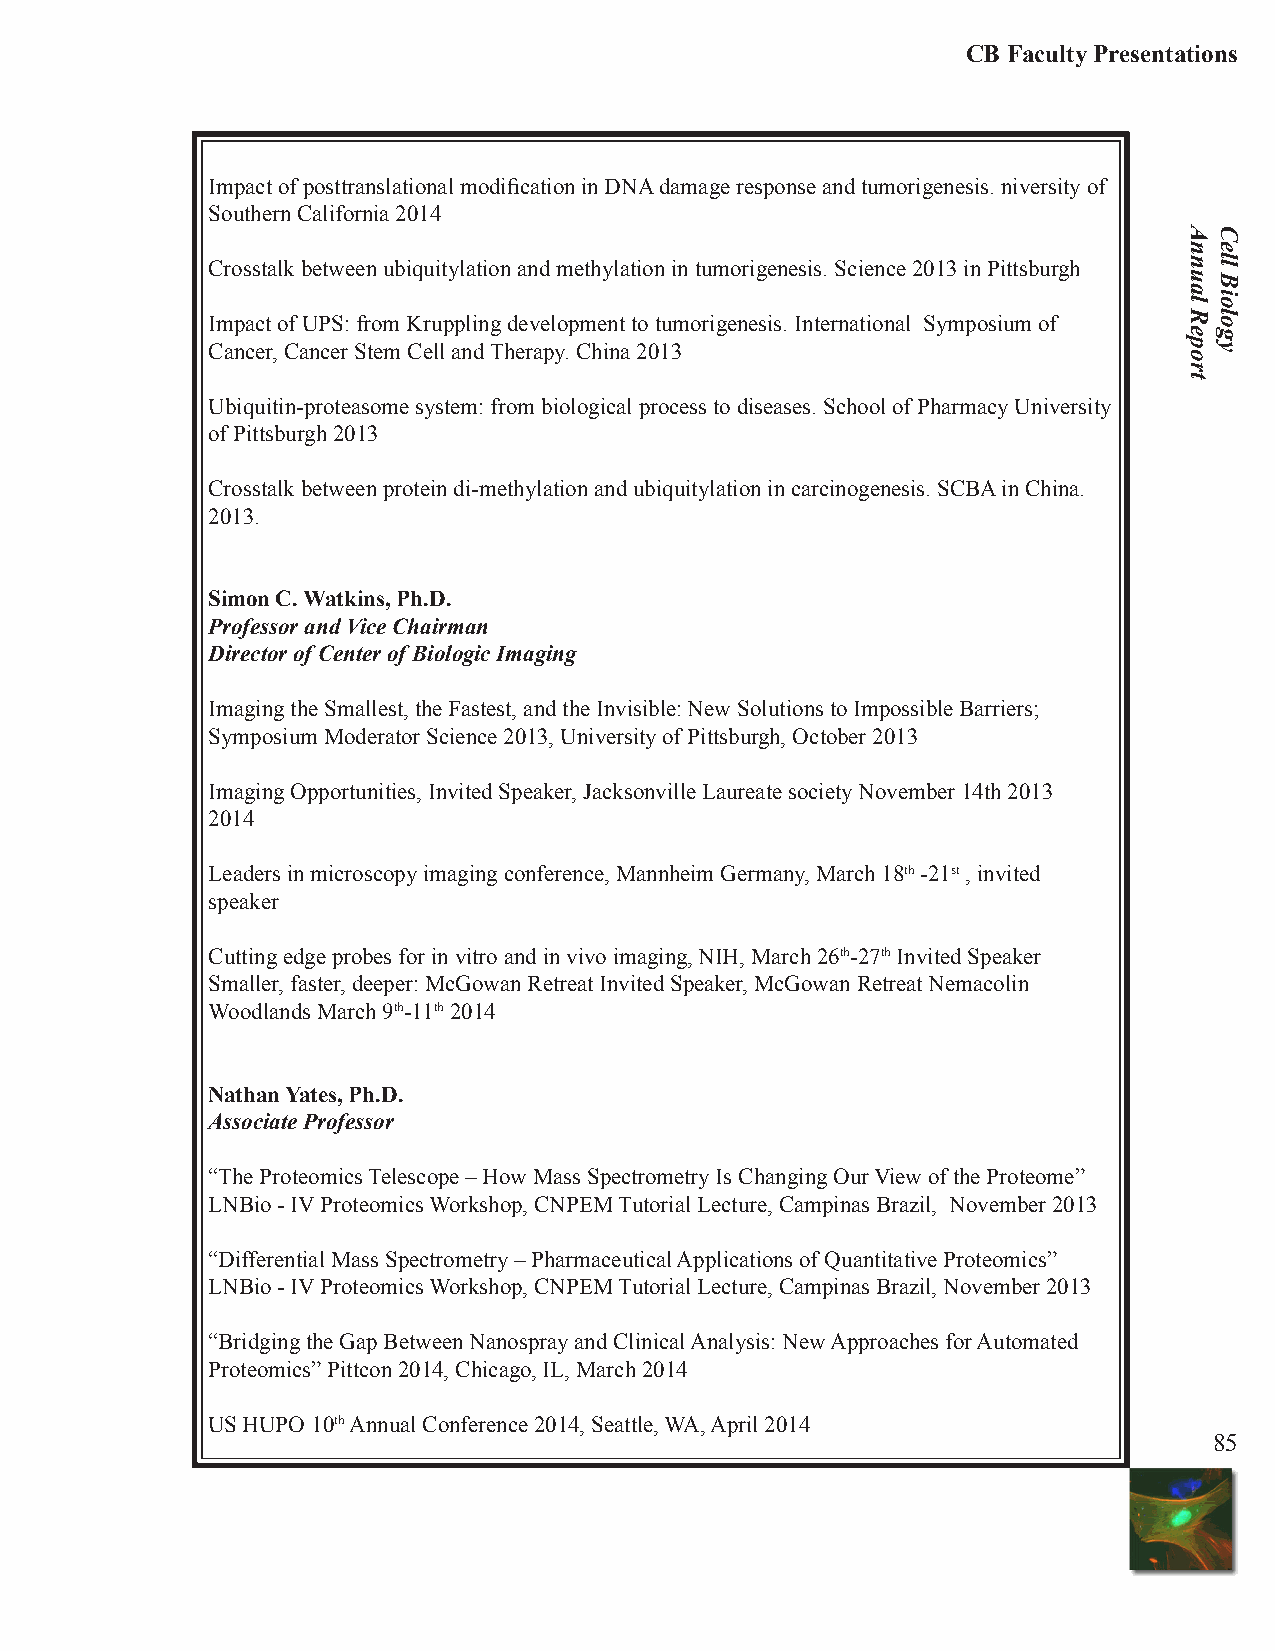
CB Faculty Presentations
 Impact of posttranslational modification in DNA damage response and tumorigenesis. niversity of
 Southern California 2014
 Crosstalk between ubiquitylation and methylation in tumorigenesis. Science 2013 in Pittsburgh
 Impact of UPS: from Kruppling development to tumorigenesis. International Symposium of
 Cancer, Cancer Stem Cell and Therapy. China 2013
 Ubiquitin-proteasome system: from biological process to diseases. School of Pharmacy University
 of Pittsburgh 2013
 Crosstalk between protein di-methylation and ubiquitylation in carcinogenesis. SCBA in China.
 2013.
 Simon C. Watkins, Ph.D.
 Professor and Vice Chairman
 Director of Center of Biologic Imaging
 Imaging the Smallest, the Fastest, and the Invisible: New Solutions to Impossible Barriers;
 Symposium Moderator Science 2013, University of Pittsburgh, October 2013
 Imaging Opportunities, Invited Speaker, Jacksonville Laureate society November 14th 2013
 2014
 Leaders in microscopy imaging conference, Mannheim Germany, March 18th -21st , invited
 speaker
 Cutting edge probes for in vitro and in vivo imaging, NIH, March 26th-27th Invited Speaker
 Smaller, faster, deeper: McGowan Retreat Invited Speaker, McGowan Retreat Nemacolin
 Woodlands March 9th-11th 2014
 Nathan Yates, Ph.D.
 Associate Professor
 “The Proteomics Telescope – How Mass Spectrometry Is Changing Our View of the Proteome”
 LNBio - IV Proteomics Workshop, CNPEM Tutorial Lecture, Campinas Brazil, November 2013
 “Differential Mass Spectrometry – Pharmaceutical Applications of Quantitative Proteomics”
 LNBio - IV Proteomics Workshop, CNPEM Tutorial Lecture, Campinas Brazil, November 2013
 “Bridging the Gap Between Nanospray and Clinical Analysis: New Approaches for Automated
 Proteomics” Pittcon 2014, Chicago, IL, March 2014
 US HUPO 10th Annual Conference 2014, Seattle, WA, April 2014
 85
 Annual
 Report
 Cell
 Biology